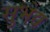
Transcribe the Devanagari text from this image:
सुभेद्य